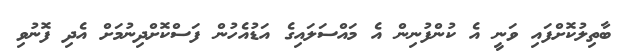
ބާތިލުކޮށްފައި ވަނީ އެ ކުންފުނިން އެ މައްސަލައިގެ އަޑުއެހުން ފަސްކޮށްދިނުމަށް އެދި ފޮނުވި